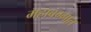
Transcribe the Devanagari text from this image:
महावग्गात